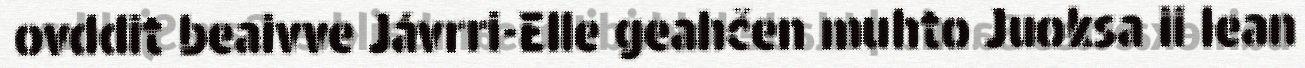
ovddit beaivve Jávrri-Elle geahčen muhto Juoksa ii lean